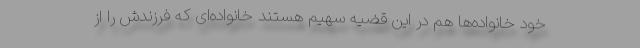
خود خانواده‌ها هم در این قضیه سهیم هستند خانواده‌ای که فرزندش را از